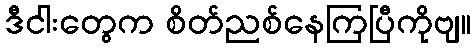
ဒီငါးတွေက စိတ်ညစ်နေကြပြီကိုဗျ။